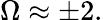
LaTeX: \Omega\approx\pm 2.